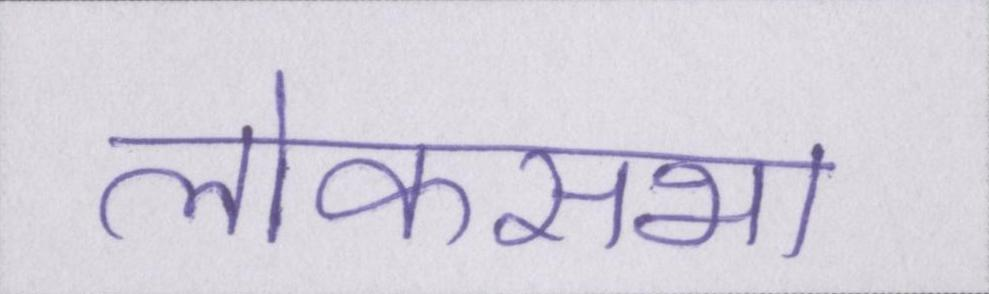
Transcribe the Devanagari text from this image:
लोकसभा